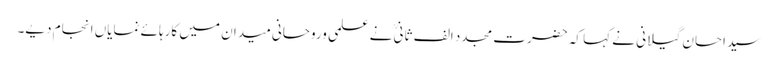
سید احسان گیلانی نے کہا کہ حضرت مجدد الف ثانیؒ نے علمی وروحانی میدان میں کارہائے نمایاں انجام دیے۔